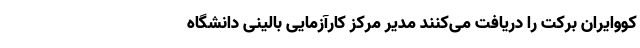
کووایران برکت را دریافت می‌کنند مدیر مرکز کارآزمایی بالینی دانشگاه